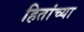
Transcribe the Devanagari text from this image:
हितांच्या